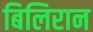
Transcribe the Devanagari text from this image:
बिलिरान